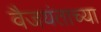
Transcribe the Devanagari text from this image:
वैजयंताच्या